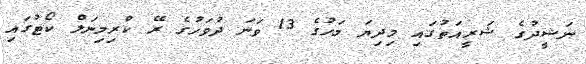
ނަޝީދުގެ ޝަރީއަތުގައި މިދިޔަ މަހުގެ 13 ވަނަ ދުވަހުގެ ރޭ ކްރިމިނަލް ކޯޓުގައި